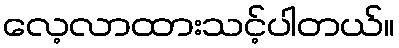
လေ့လာထားသင့်ပါတယ်။